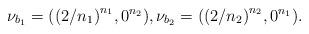
LaTeX: \begin{align*}\nu_{b_1}=({(2/n_1)}^{n_1},0^{n_2}), \nu_{b_2}=({(2/n_2)}^{n_2}, 0^{n_1}).\end{align*}